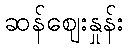
ဆန်ဈေးနှုန်း